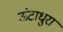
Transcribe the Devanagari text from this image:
ऊंटाधुरा